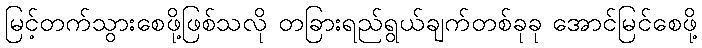
မြင့်တက်သွားစေဖို့ဖြစ်သလို တခြားရည်ရွယ်ချက်တစ်ခုခု အောင်မြင်စေဖို့